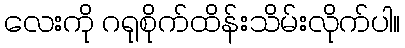
လေးကို ဂရုစိုက်ထိန်းသိမ်းလိုက်ပါ။